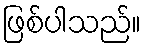
ဖြစ်ပါသည်။